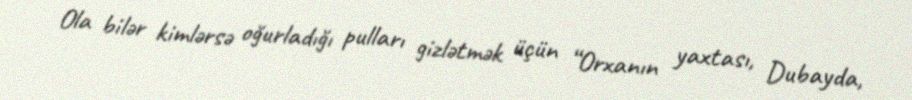
Ola bilər kimlərsə oğurladığı pulları gizlətmək üçün “Orxanın yaxtası, Dubayda,